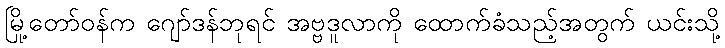
မြို့တော်ဝန်က ဂျော်ဒန်ဘုရင် အဗ္ဗဒူလာကို ထောက်ခံသည့်အတွက် ယင်းသို့